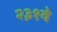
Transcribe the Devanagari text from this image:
२३१वे